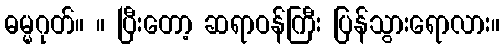
ဓမ္မဂုတ်။ ။ ပြီးတော့ ဆရာဝန်ကြီး ပြန်သွားရောလား။